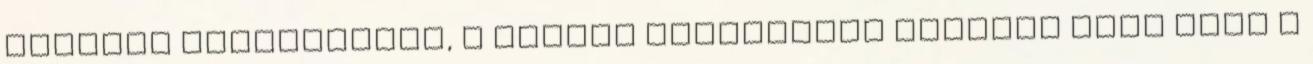
felelős képviselője, a magyar származású holland Piri Kati a